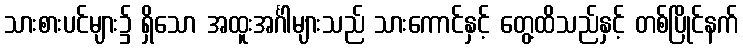
သားစားပင်များ၌ ရှိသော အထူးအင်္ဂါများသည် သားကောင်နှင့် တွေ့ထိသည်နှင့် တစ်ပြိုင်နက်